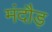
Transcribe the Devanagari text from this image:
मंदौड़